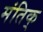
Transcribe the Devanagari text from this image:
मंतिक्‌